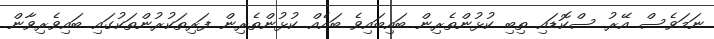
ނަމަވެސް އޭރު ސްކޮޑައި ތިބި ކުޅުންތެރިން ބައިބައިވެ ބައެއް ކުޅުންތެރިން ފަރިތަކުރުންތަކުގައި ބައިވެރިވާން